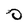
Character: 0